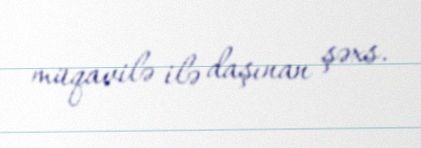
müqavilə ilə daşınan şəxs.